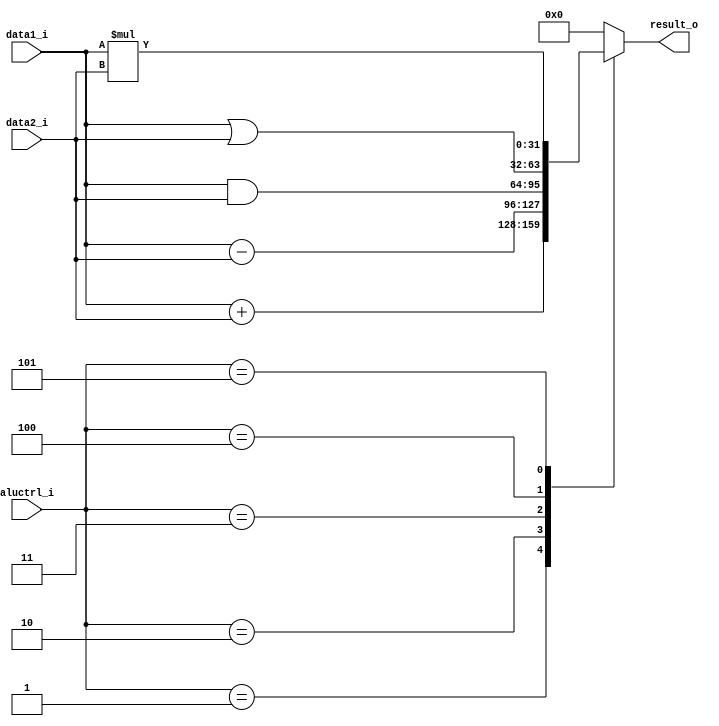
module ALU
(
	data1_i,
	data2_i,
	aluctrl_i,
	result_o
);

input 	[31:0] 	data1_i, data2_i;
input	[2:0] 	aluctrl_i;
output 	[31:0] 	result_o;


reg  	[31:0]	temp_data_o;
assign 			result_o = temp_data_o;


always @ (*)
begin
		case (aluctrl_i)
			3'b001: temp_data_o = data1_i+data2_i;
			3'b010: temp_data_o = data1_i-data2_i;
			3'b011: temp_data_o = data1_i&data2_i;
			3'b100: temp_data_o = data1_i|data2_i;
			3'b101: temp_data_o = data1_i*data2_i;
			default: temp_data_o = 32'b0;
		endcase
end
					
				
endmodule